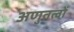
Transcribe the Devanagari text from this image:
अणुतत्वों